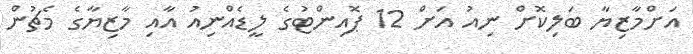
އަށްމާޒިޔާ ބަލިކޮށް ނިއު އަށް 12 ޕޮއިންޓުގެ ލީޑެއްނިއު އާއި މާޒިޔާގެ މެޗުން